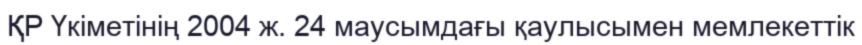
ҚР Үкіметінің 2004 ж. 24 маусымдағы қаулысымен мемлекеттік